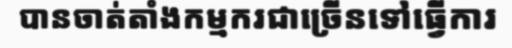
បានចាត់តាំងកម្មករជាច្រើនទៅធ្វើការ